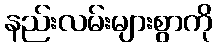
နည်းလမ်းများစွာကို